画像に写った文字を読んでください
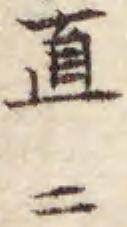
「直ニ」と書いてあります